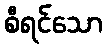
စီရင်သော